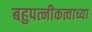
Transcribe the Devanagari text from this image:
बहुपत्नीकत्वाच्या